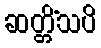
ဆတ္တိံသပိ